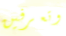
وتعرفين